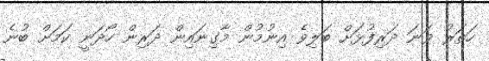
ހަތަރު ވަނަ ދަރިފުޅަށް ބަލިވެ އިނުމުން މާގިނައިން ދަރިން ހޯދަނީ ކަމަށް ބުނެ